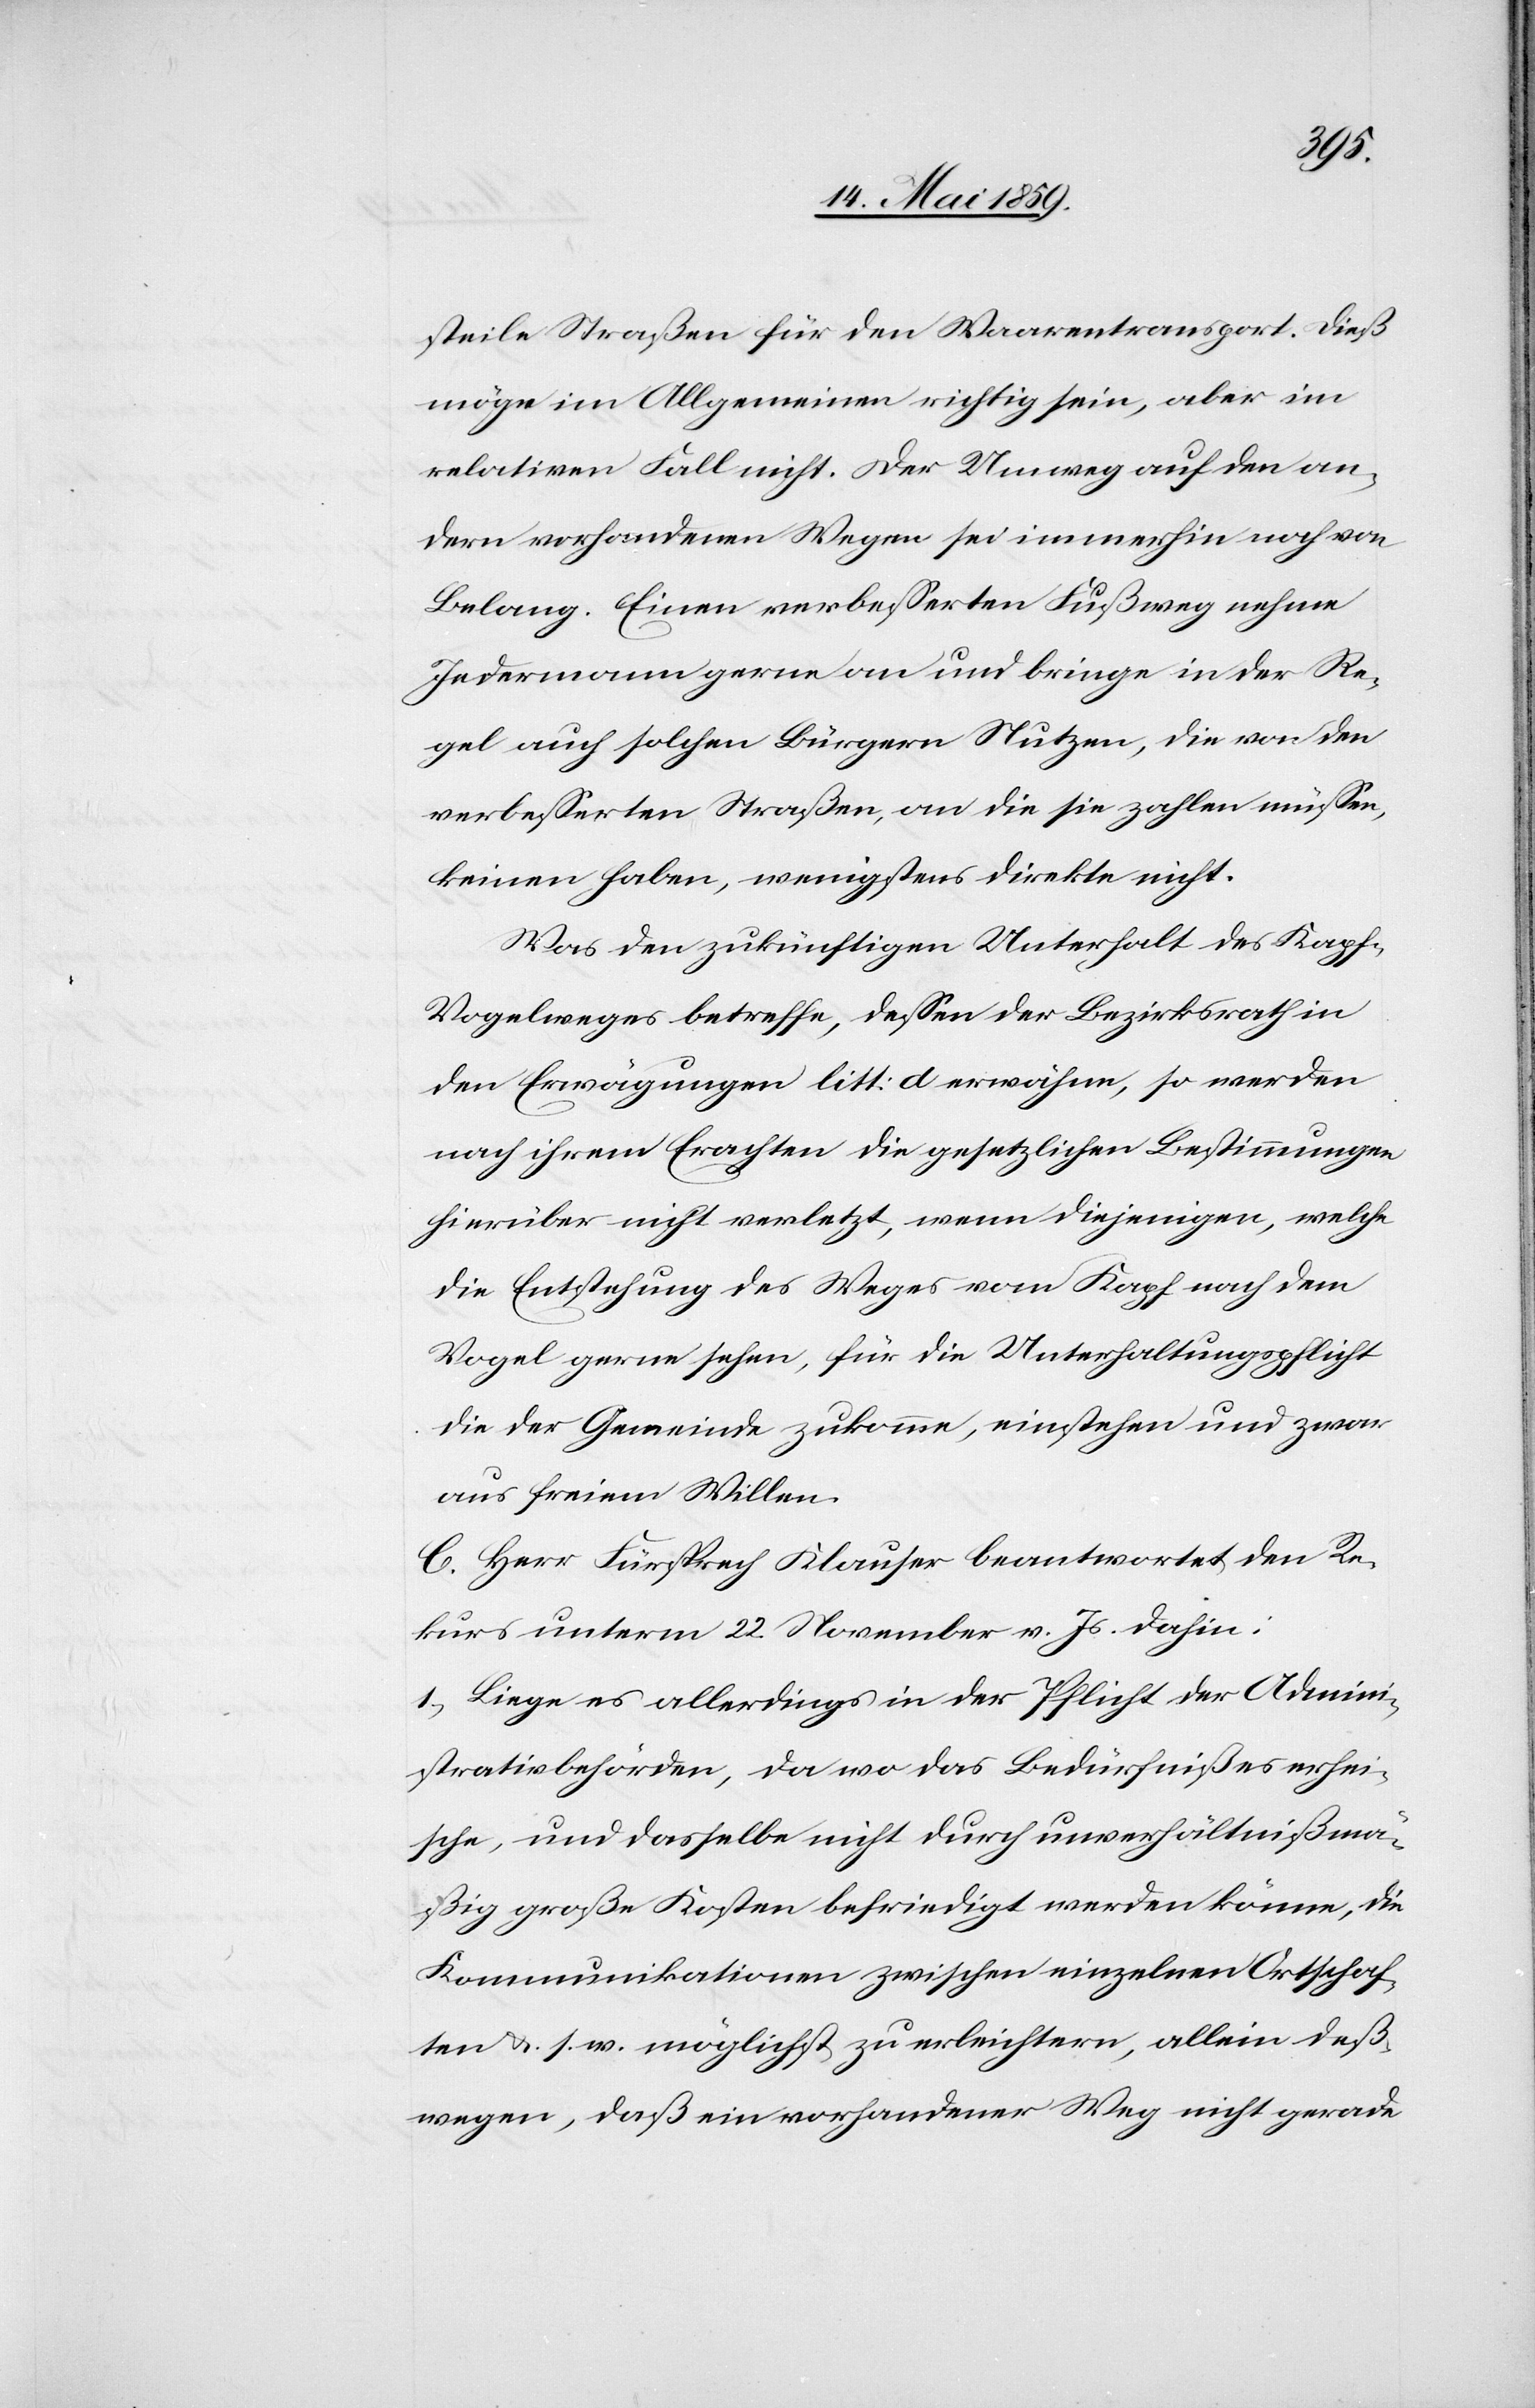
steile Straßen für den Waarentransport. Dieß
möge im Allgemeinen richtig sein, aber im
relativen Fall nicht. Der Umweg auf den an¬
dern vorhandenen Wegen sei immerhin noch von
Belang. Einen verbeßerten Fußweg nehme
Jedermann gerne an und bringe in der Re¬
gel auch solchen Bürgern Nutzen, die von den
verbeßerten Straßen, an die sie zahlen müßen,
keinen haben, wenigstens direkte nicht.
Was den zukünftigen Unterhalt des Kapf-V¬
ogelweges betreffe, deßen der Bezirksrath in
den Erwägungen litt: d erwähne, so werden
nach ihrem Erachten die gesetzlichen Bestimmungen
hierüber nicht verletzt, wenn diejenigen, welche
die Entstehung des Weges vom Kapf nach dem
Vogel gerne sehen, für die Unterhaltungspflicht
die der Gemeinde zukomme, einstehen und zwar
aus freiem Willen.
C. Herr Fürsprech Klauser beantwortet den Re¬
kurs unterm 22. November v. Js. dahin:
1) Liege es allerdings in der Pflicht der Admini¬
strativbehörden, da wo das Bedürfniß es erhei¬
sche, und dasselbe nicht durch unverhältnißmä¬
ßig große Kosten befriedigt werden könne, die
Kommunikationen zwischen einzelnen Ortschaf¬
ten &. s. w. möglichst zu erleichtern, allein deß¬
wegen, daß ein vorhandener Weg nicht gerade